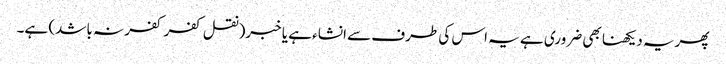
پھریہ دیکھنا بھی ضروری ہے یہ اس کی طرف سے انشاء ہے یا خبر(نقل کفر کفر نہ باشد) ہے۔